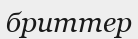
бриттер